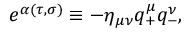
e ^ { \alpha ( \tau , \sigma ) } \equiv - \eta _ { \mu \nu } q _ { + } ^ { \mu } q _ { - } ^ { \nu } ,